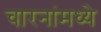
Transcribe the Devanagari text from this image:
चारनांमध्ये